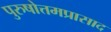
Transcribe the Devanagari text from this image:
पुरुषोत्तमप्रासाद